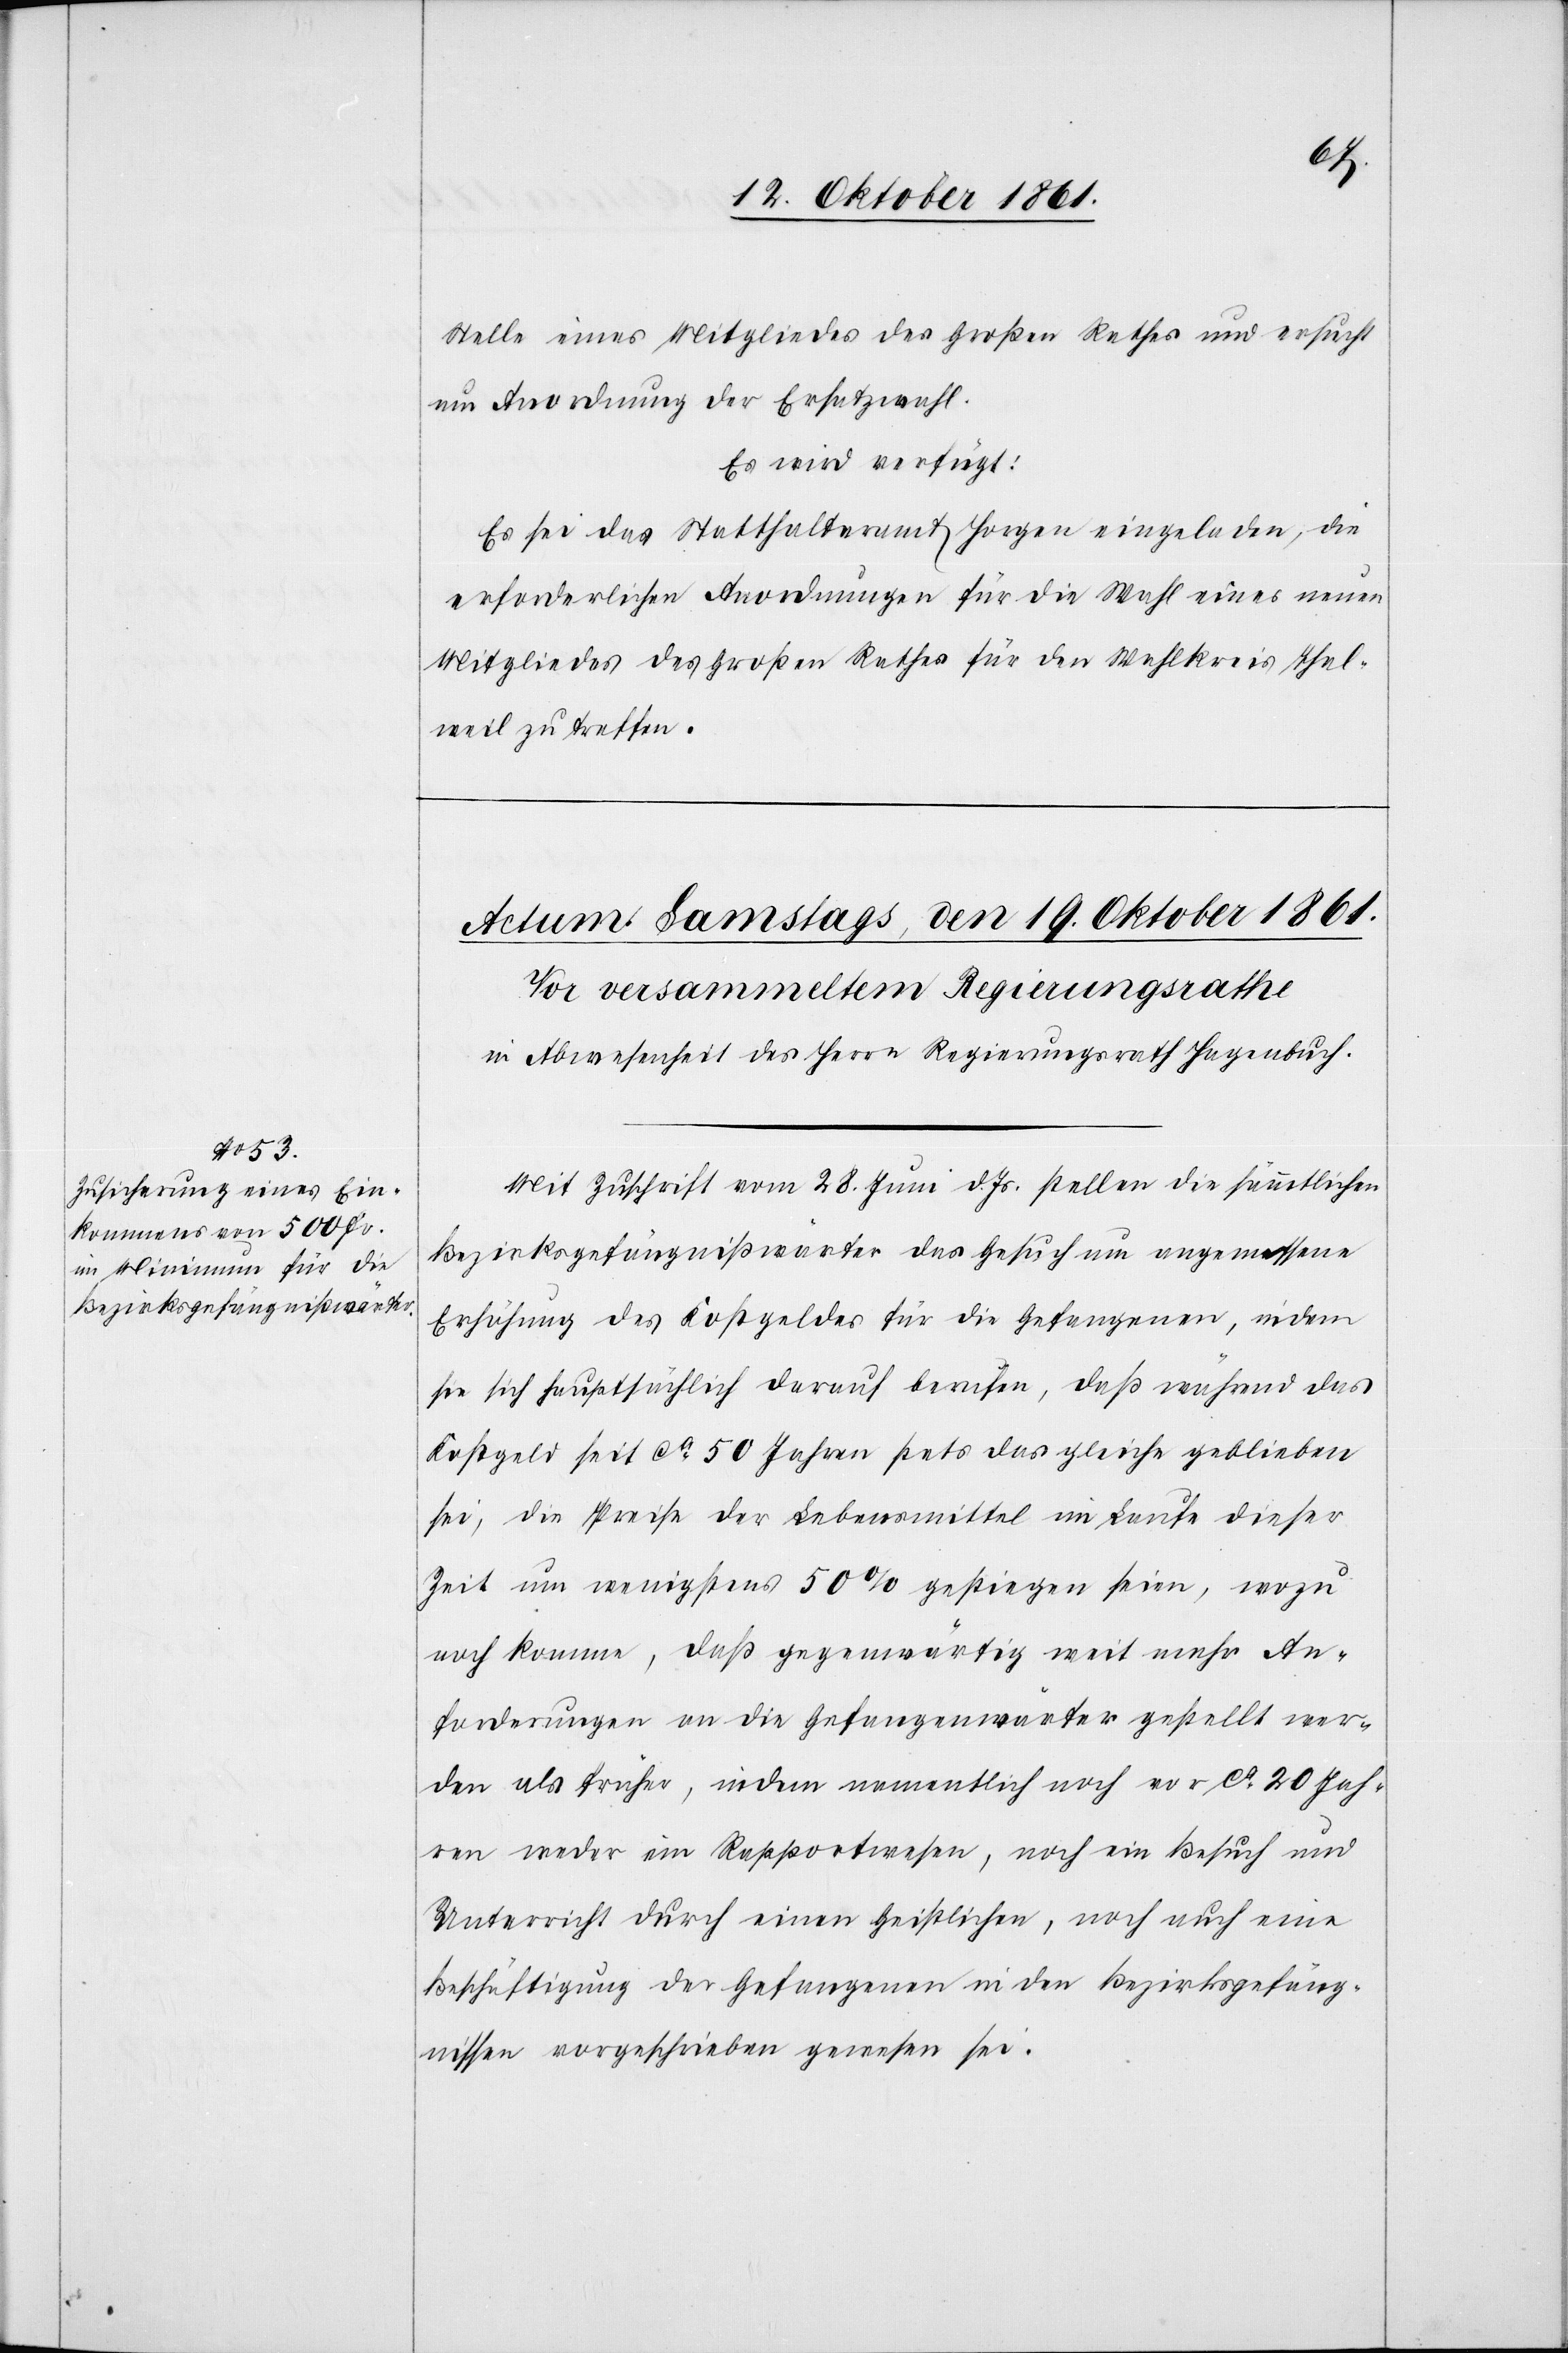
Stelle eines Mitgliedes des Großen Rathes und ersucht
um Anordnung der Ersatzwahl.
Es wird verfügt:
Es sei das Statthalteramt Horgen eingeladen, die
erforderlichen Anordnungen für die Wahl eines neuen
Mitgliedes des Großen Rathes für den Wahlkreis Thal¬
weil zu treffen.
Mit Zuschrift vom 28 Juni d. Js. stellen die sämmtlichen
Bezirksgefängnißwärter das Gesuch um angemessene
Erhöhung des Kostgeldes für die Gefangenen, indem
sie sich hauptsächlich darauf berufen, daß während das
Kostgeld seit ca 50 Jahren stets das gleiche geblieben
sei, die Preise der Lebensmittel im Laufe dieser
Zeit um wenigstens 50% gestiegen seien, wozu
noch komme, daß gegenwärtig weit mehr An¬
forderungen an die Gefängenenwärter gestellt wer¬
den als früher, indem namentlich noch vor 20 Jah¬
ren weder ein Rapportwesen, noch ein Besuch und
Unterricht durch einen Geistlichen, noch auch eine
Beschäftigung der Gefangenen in den Bezirksgefäng¬
nissen vorgeschrieben gewesen sei.